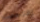
إقتحمت